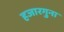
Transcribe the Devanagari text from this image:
हजारगुना